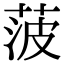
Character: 菠